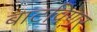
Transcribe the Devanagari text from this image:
बाटविणर